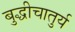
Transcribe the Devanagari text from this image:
बुद्धीचातुर्य